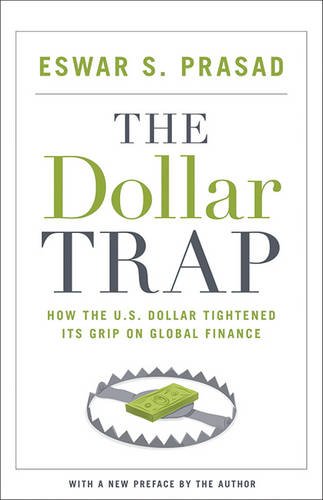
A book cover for The Dollar Trap: How the U.S. Dollar Tightened Its Grip on Global Finance; Eswar S. Prasad; Business & Money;